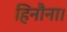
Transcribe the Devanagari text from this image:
हिनौना।